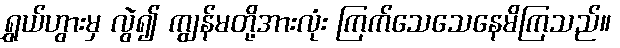
ရွှယ်ဟွားမှ လွဲ၍ ကျွန်မတို့အားလုံး ကြက်သေသေနေမိကြသည်။